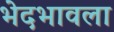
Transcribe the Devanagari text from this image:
भेदभावला